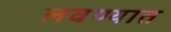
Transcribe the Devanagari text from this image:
लवण्यात